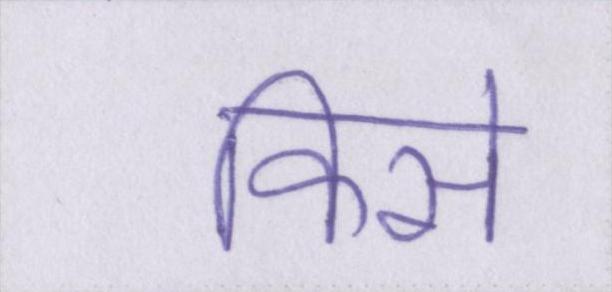
किसे